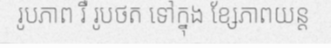
រូបភាព រឺ រូបថត ទៅក្នុង ខ្សែភាពយន្ត